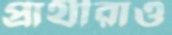
প্রার্থীরাও